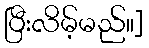
ပြီးလိမ့်မည်။]